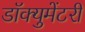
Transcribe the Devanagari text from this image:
डॉक्‍युमेंटरी